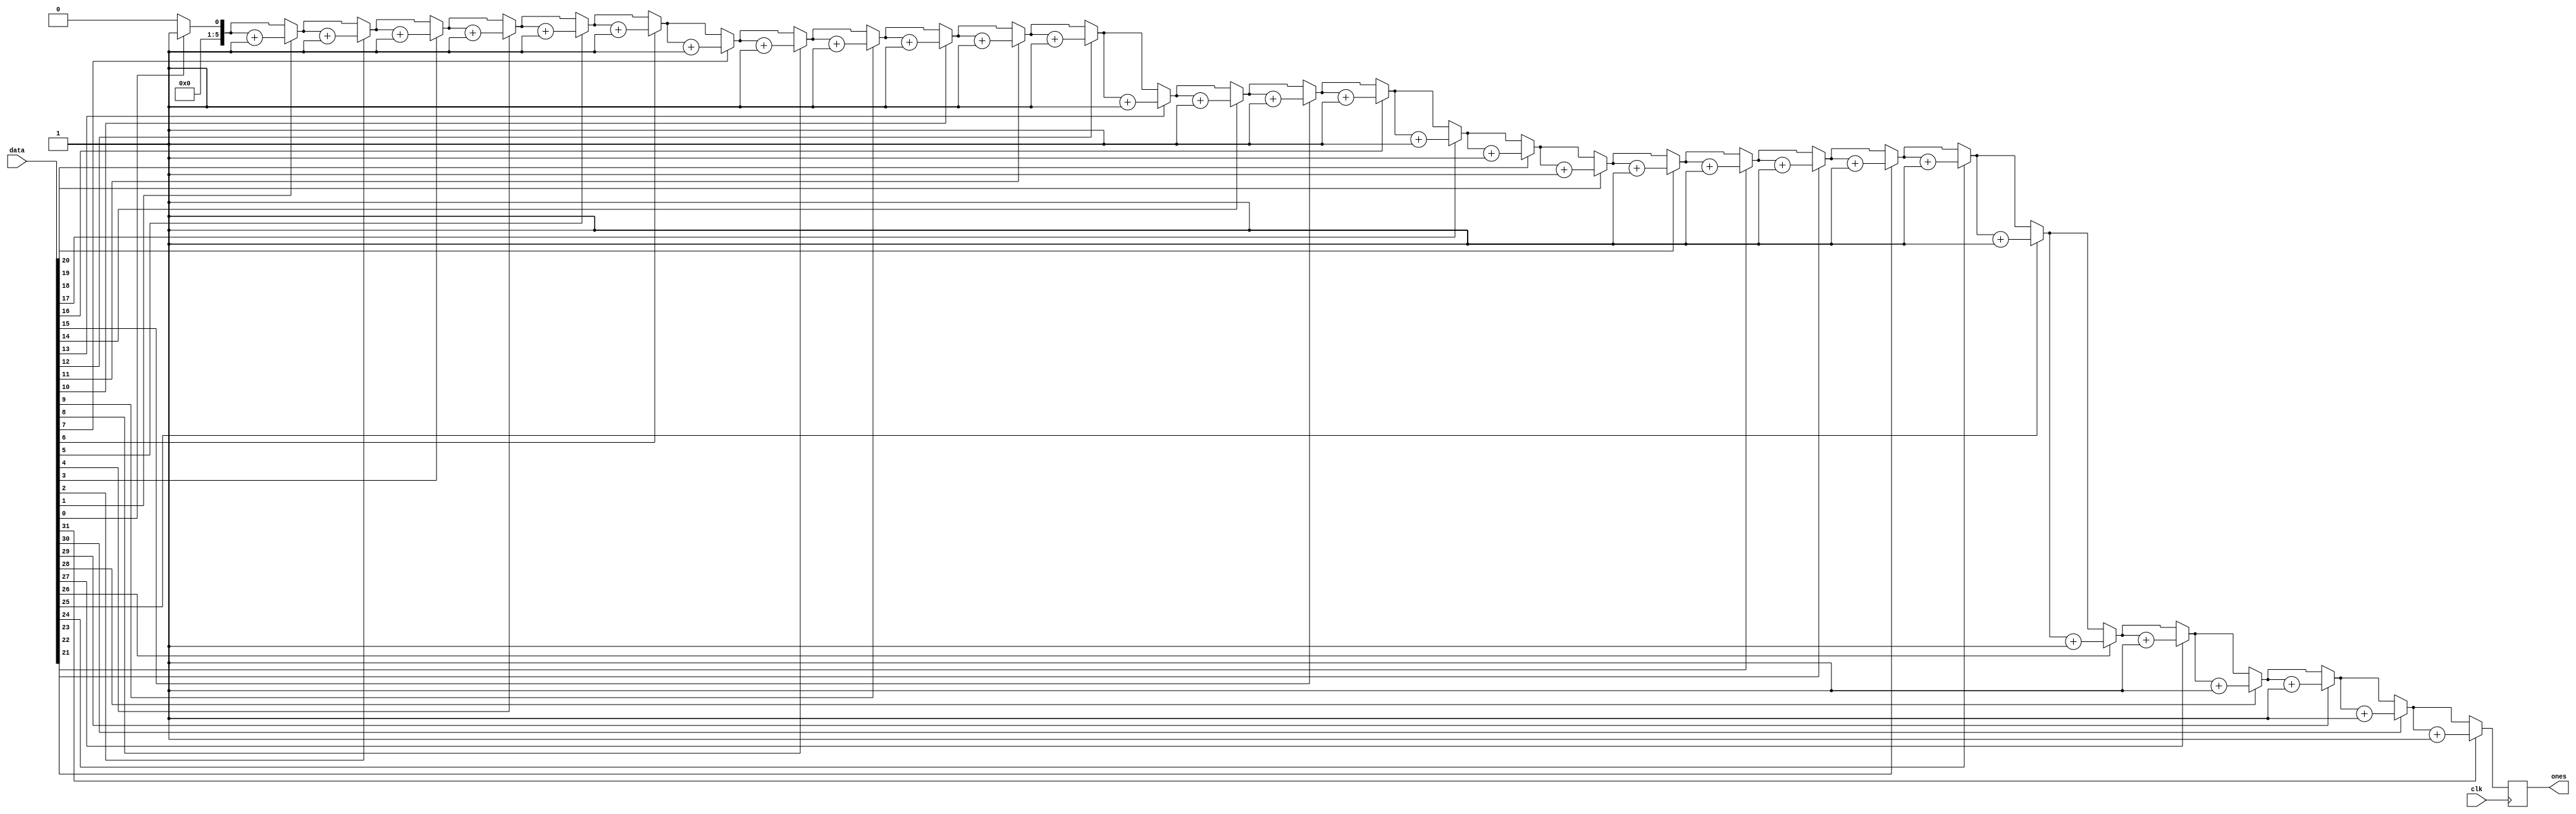
// http://noasic.com/blog/move-those-conditions-out-of-those-loops/

module countbits (clk, data, ones);
//  parameter DATA_WIDTH  = 4;
  parameter DATA_WIDTH  = 32;
  input     clk; 
  input  [DATA_WIDTH - 1:0]     data; 
  output [$clog2(DATA_WIDTH):0] ones; 
  reg    [$clog2(DATA_WIDTH):0] ones;
  reg    [$clog2(DATA_WIDTH):0] v_count; 
  integer   i;

  always @(posedge clk)
  begin : COUNT_BITS
    v_count = 0; 
    for (i = 0; i <= DATA_WIDTH-1; i = i + 1)
    begin
      if (data[i] == 1'b1)
      begin
        v_count = v_count + 1;
      end 
    end
    ones <= v_count;  
  end 
endmodule